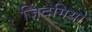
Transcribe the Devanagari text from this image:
ज़िंदगियों